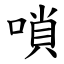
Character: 嗩